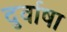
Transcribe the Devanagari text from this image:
दुर्वाषा